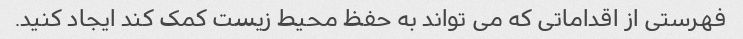
فهرستی از اقداماتی که می تواند به حفظ محیط زیست کمک کند ایجاد کنید.